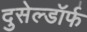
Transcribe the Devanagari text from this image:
दुसेल्डॉर्फ